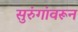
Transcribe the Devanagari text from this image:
सुरुंगांवरून